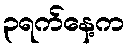
၃ရက်နေ့က